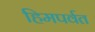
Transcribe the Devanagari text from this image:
हिमपर्वत